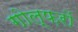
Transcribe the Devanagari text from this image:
गोल्फ़रों